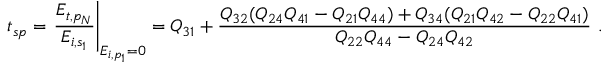
t _ { s p } = \left. \frac { E _ { t , p _ { N } } } { E _ { i , s _ { 1 } } } \right\vert _ { E _ { i , p _ { 1 } } = 0 } = Q _ { 3 1 } + \frac { Q _ { 3 2 } ( Q _ { 2 4 } Q _ { 4 1 } - Q _ { 2 1 } Q _ { 4 4 } ) + Q _ { 3 4 } ( Q _ { 2 1 } Q _ { 4 2 } - Q _ { 2 2 } Q _ { 4 1 } ) } { Q _ { 2 2 } Q _ { 4 4 } - Q _ { 2 4 } Q _ { 4 2 } } \ .